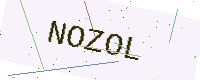
Text: NOZOL